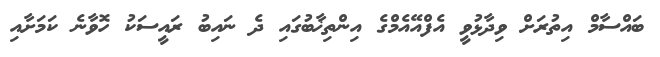
ބައްސާމް އިތުރަށް ވިދާޅުވީ އެފްއޭއެމްގެ އިންތިޚާބުގައި ދެ ނައިބު ރައީސަކު ހޮވާނެ ކަމަށާއި